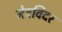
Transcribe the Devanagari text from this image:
नेत्रविदर